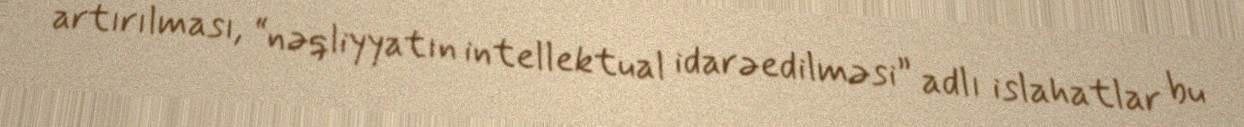
artırılması, “nəqliyyatın intellektual idarəedilməsi” adlı islahatlar bu